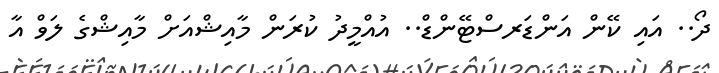
ދޯ.. އައި ކޭން އަންޑަރސްޓޭންޑް.. އުއްމީދު ކުރަން މާއިޝްއަށް މާއިޝްގެ ލަވް އާ